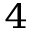
^ { 4 }